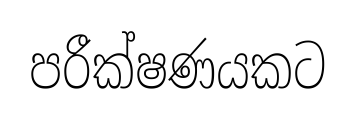
පරීක්ෂණයකට